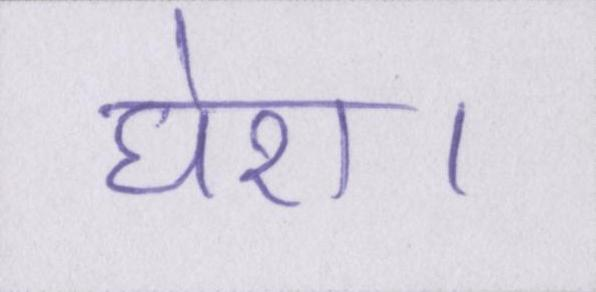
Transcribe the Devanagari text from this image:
घेरा।